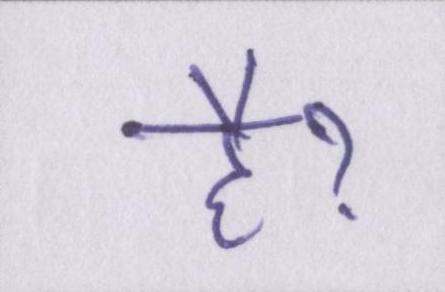
हैॽ